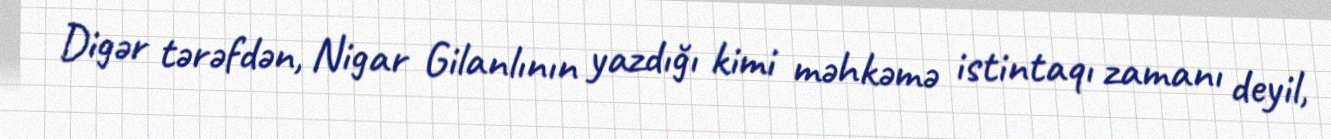
Digər tərəfdən, Nigar Gilanlının yazdığı kimi məhkəmə istintaqı zamanı deyil,